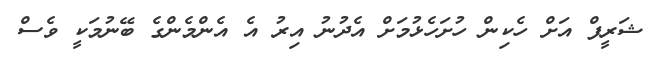
ޝަރީފް އަށް ހެކިން ހުށަހެޅުމަށް އެދުނު އިރު އެ އެންމެންގެ ބޭނުމަކީ ވެސް